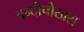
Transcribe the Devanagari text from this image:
बन्दीपोखरा